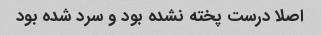
اصلا درست پخته نشده بود و سرد شده بود